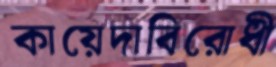
কায়েদাবিরোধী